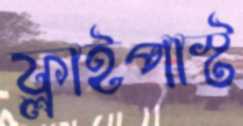
ফ্লাইপাস্ট